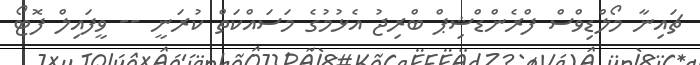
ޗައިނާ މޯލްޑިވްސް ފްރެންޑްޝިޕް ބްރިޖު އެޅުމުގެ މަސައްކަތް ކުރަނީ -- ވީފައިލް ފޮޓޯ